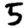
Digit: 5